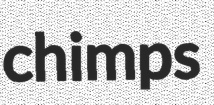
chimps